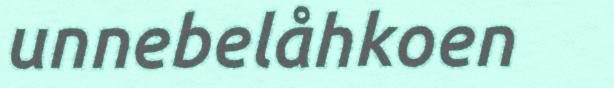
unnebelåhkoen